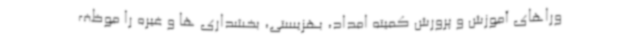
وراهای آموزش و پرورش کمیته امداد، بهزیستی، بخشداری ها و غیره را موظف